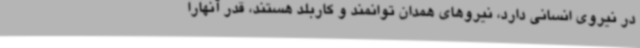
در نیروی انسانی دارد، نیروهای همدان توانمند و کاربلد هستند، قدر آنهارا